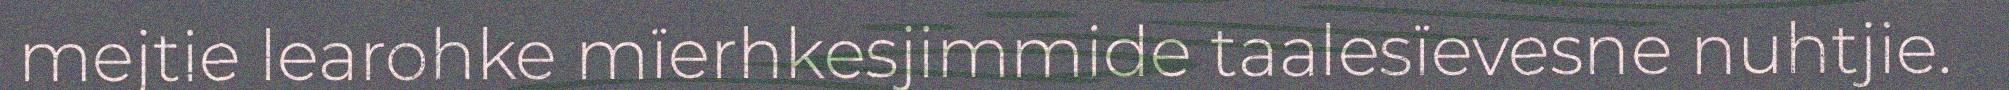
mejtie learohke mïerhkesjimmide taalesïevesne nuhtjie.